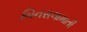
બિનસલામાતી